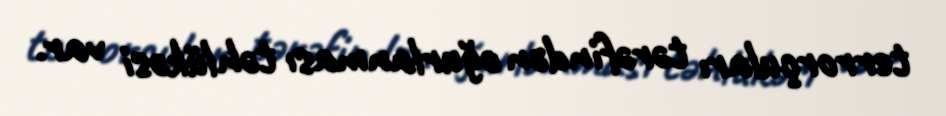
terrorçuları tərəfindən oğurlanması təhlükəsi var.